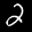
Label: 2